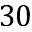
3 0